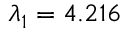
\lambda _ { 1 } = 4 . 2 1 6